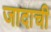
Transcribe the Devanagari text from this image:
जादाची